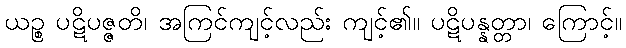
ယဉ္စ ပဋိပဇ္ဇတိ၊ အကြင်ကျင့်လည်း ကျင့်၏။ ပဋိပန္နတ္တာ၊ ကြောင့်။